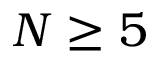
N \ge 5